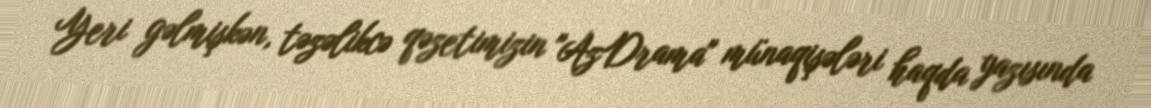
Yeri gəlmişkən, təzəlikcə qəzetimizin "AzDrama" münaqişələri haqda yazısında